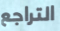
التراجع